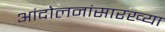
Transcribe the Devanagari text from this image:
आंदोलनांसारख्या